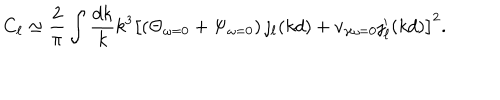
LaTeX: C _ { \ell } \simeq \frac { 2 } { \pi } \int \frac { d k } { k } k ^ { 3 } \left[ \left( \Theta _ { \omega = 0 } + \Psi _ { \omega = 0 } \right) \jmath _ { \ell } ( k d ) + v _ { \gamma \omega = 0 } \jmath _ { \ell } ^ { \prime } ( k d ) \right] ^ { 2 } .